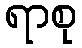
ရာစု